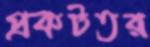
প্রকটতর